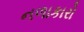
નળાકારો